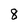
Character: 8